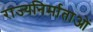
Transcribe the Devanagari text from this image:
राज्यनिर्माताओं